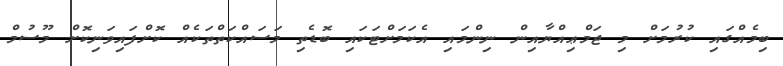
ބިމެއްގައި ކުރުމަށް މި ޖަމްޢިއްޔާއިން ނިންމައި އެކަމަށްޓަކައި ބޮޑެތި މަސައްކަތްތަކެއް ކޮށްފައިވަނިކޮށް މޫސުމް